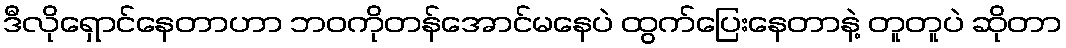
ဒီလိုရှောင်နေတာဟာ ဘဝကိုတန်အောင်မနေပဲ ထွက်ပြေးနေတာနဲ့ တူတူပဲ ဆိုတာ